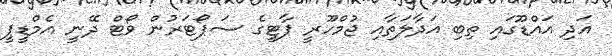
އަދި އައްޑޫގައި ތިބި އަދާލަތާއި ޖުމްހޫރީ ޕާޓީގެ ސަޕޯޓަރުން ވޯޓް ދޭނީ އެމްޑީޕީ